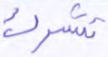
تشرك